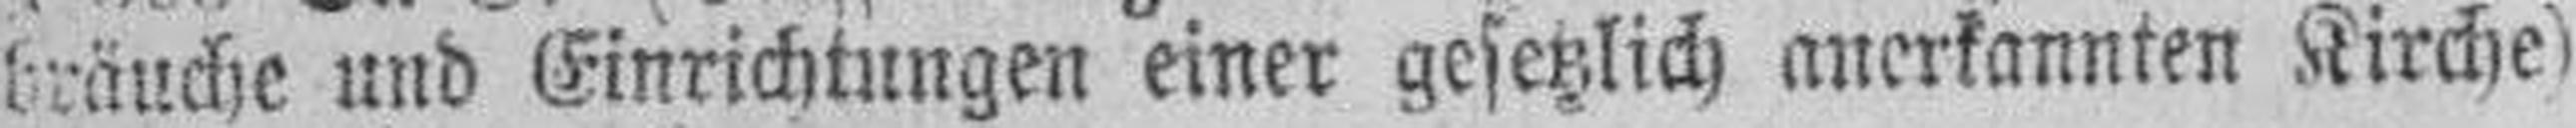
bräuche und Einrichtungen einer gesetzlich anerkannten Kirche)